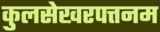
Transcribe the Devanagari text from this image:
कुलसेखरपत्तनम